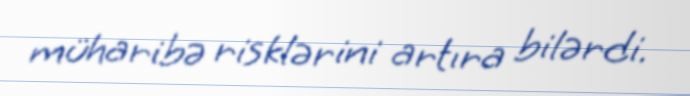
müharibə risklərini artıra bilərdi.